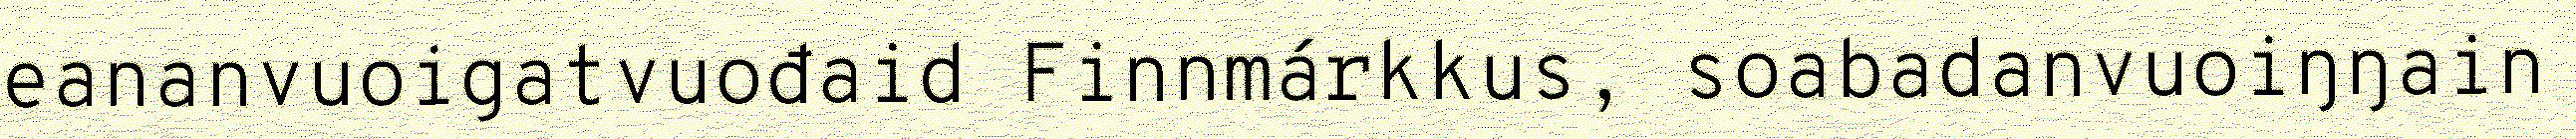
eananvuoigatvuođaid Finnmárkkus, soabadanvuoiŋŋain